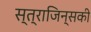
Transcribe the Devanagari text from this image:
स्त्राजिन्सकी